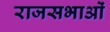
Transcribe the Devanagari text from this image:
राजसभाओं